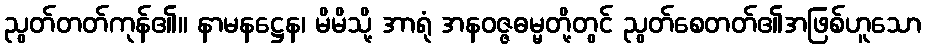
ညွတ်တတ်ကုန်၏။ နာမနဋ္ဌေန၊ မိမိသို့ အာရုံ အနဝဇ္ဇဓမ္မတို့တွင် ညွတ်စေတတ်၏အဖြစ်ဟူသော